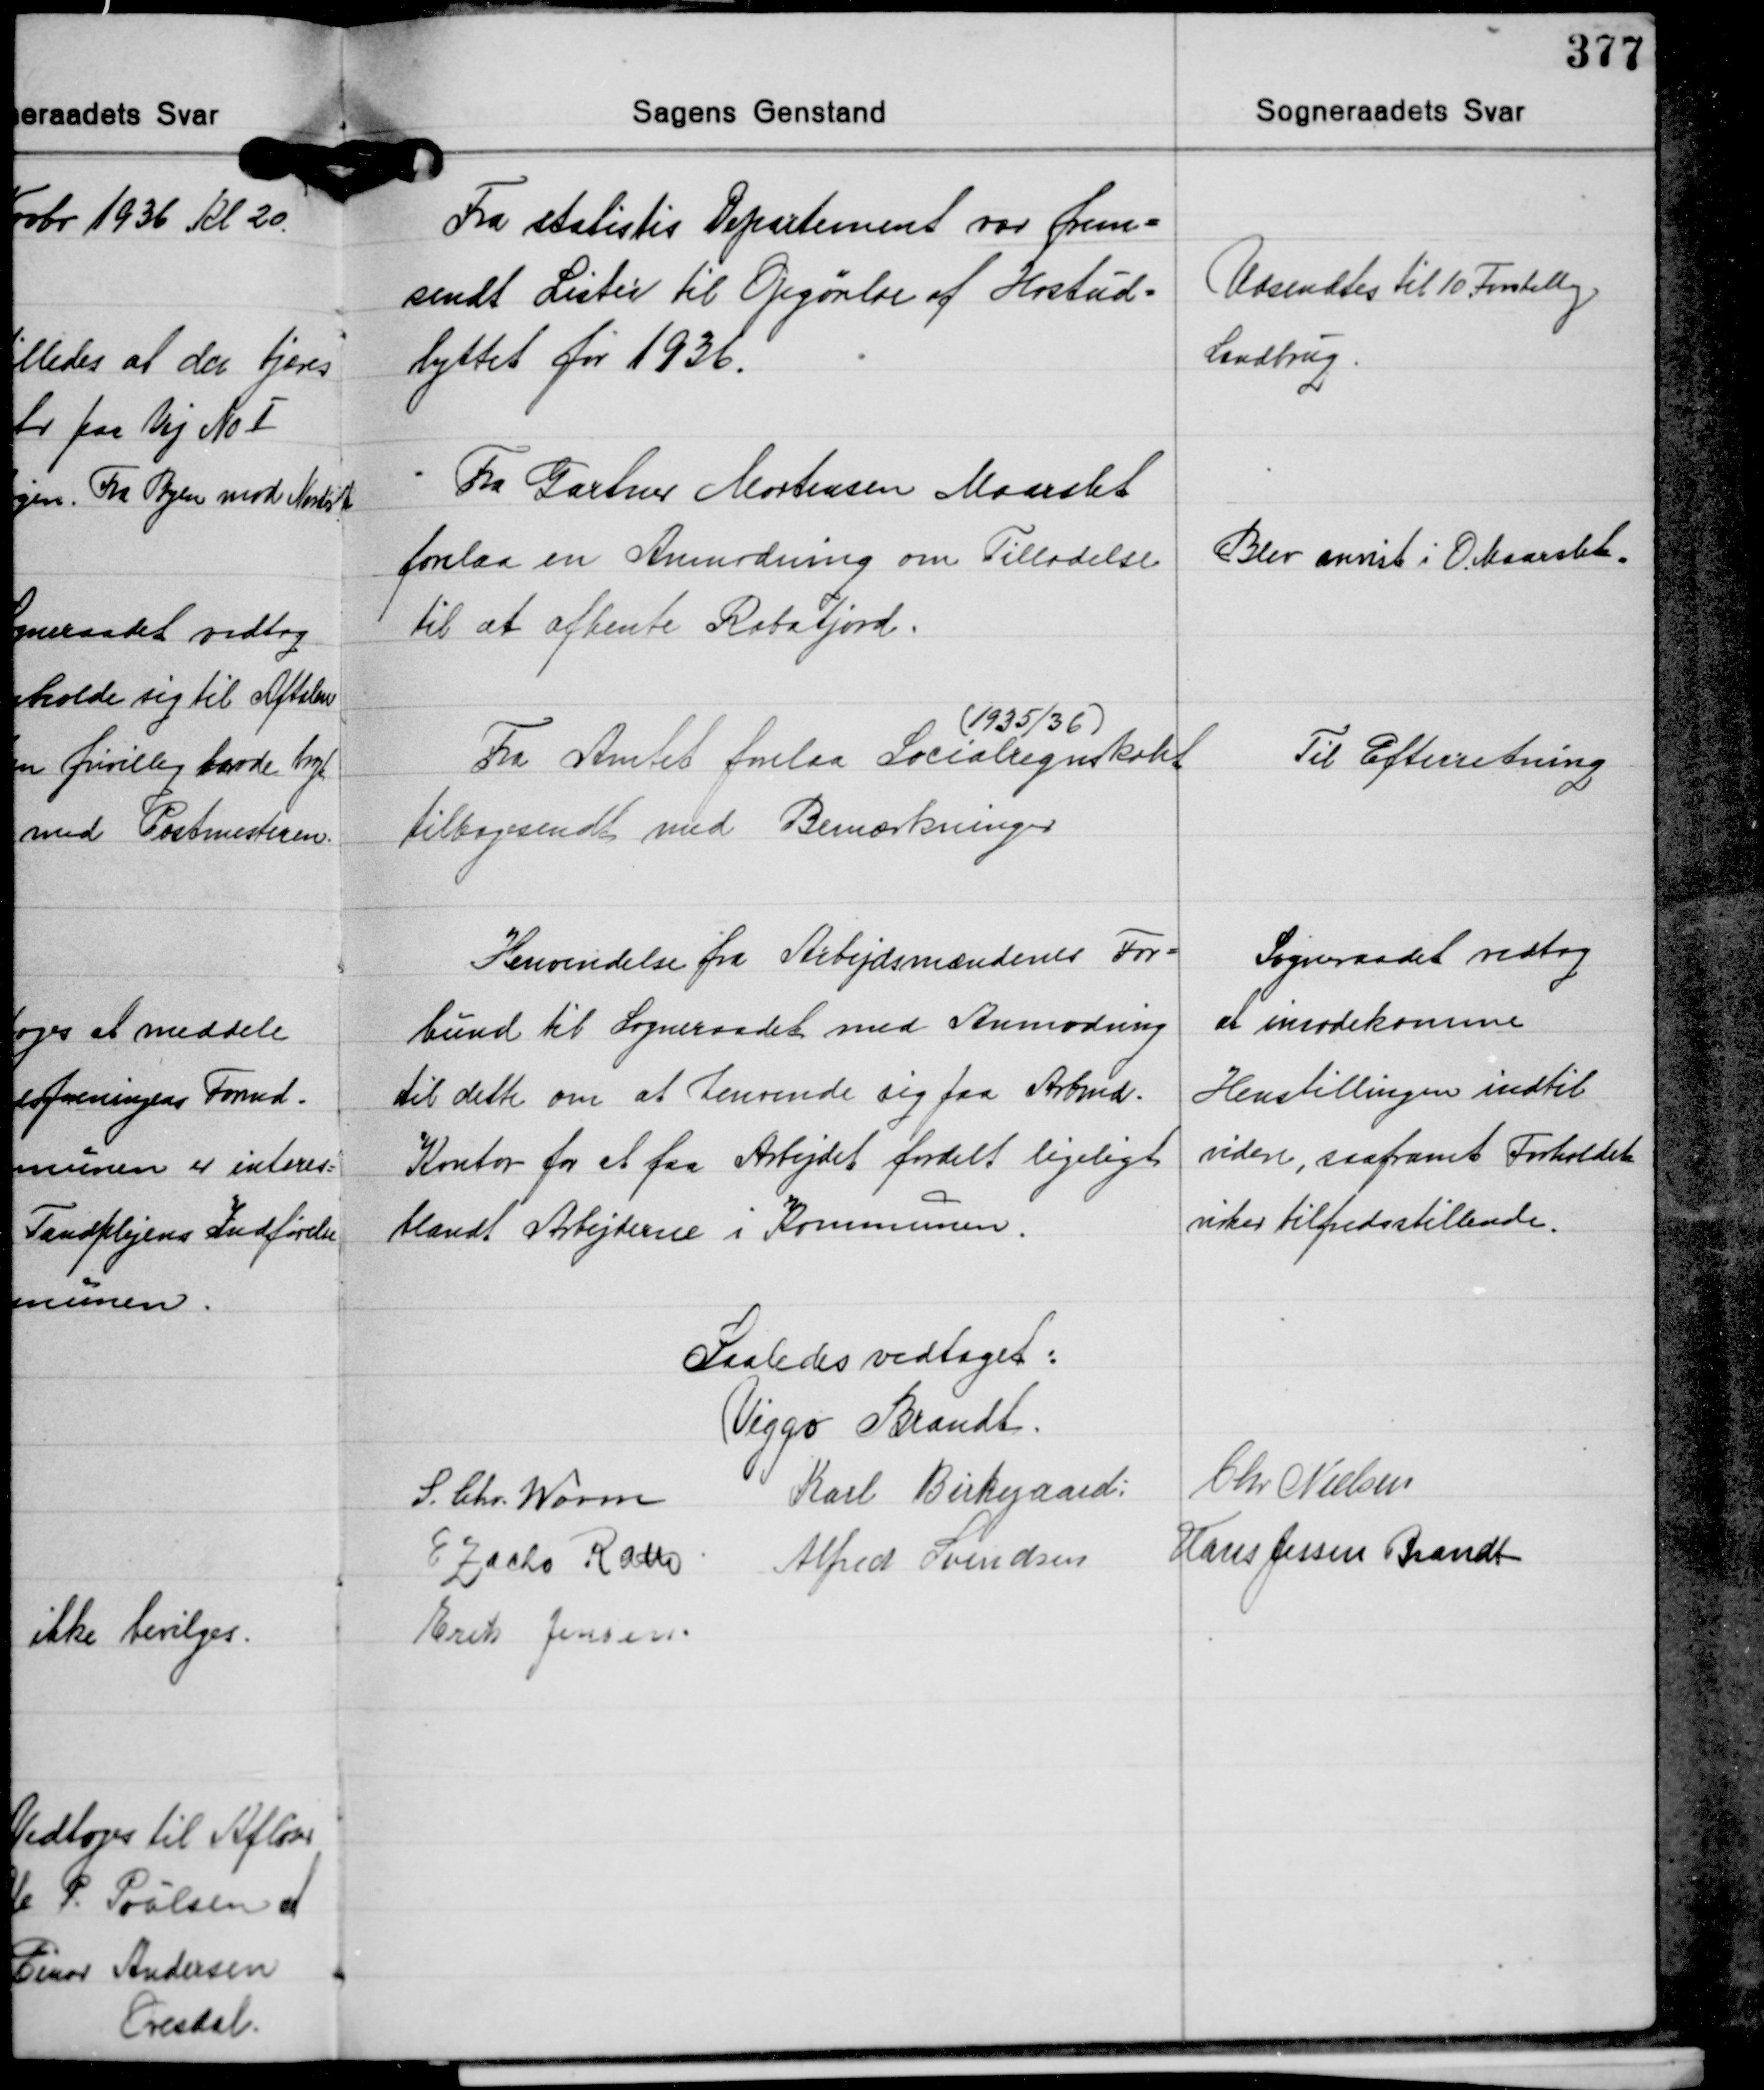
Transskription:
Fra statistis Departement var frem-
sendt Lister til Opgørelse af Høstud-
byttet for 1936.

Udsendtes til 10 Forskellige
Landbrug.

Fra Gartner Mortensen Maarslet
forelaa en Anmodning om Tilladelse
til at afhente Rabatjord.

Blev anvist i O Maarslet.

(1935/36)
Fra Amtet forelaa Socialregnskabet
tilbagesendt med Bemærkninger

Til Efterretning

Henvendelse fra Arbejdsmændenes For-
bund til Sogneraadet med Anmodning
til dette om at henvende sig paa Arbmd.
Kontor for at faa Arbejdet fordelt ligeligt
blandt Arbejderne i Kommunen.

Sogneraadet vedtog
at imødekomme
Henstillingen indtil
videre, saafremt Forholdet
virker tilfredsstillende.

Saaledes vedtaget.
Viggo Brandt
Chr Nielsen
S. Chr. Worm Karl Birkegaard
Hans Jessen Brandt
E Zacho Rath Alfred Svendsen
Erik Jensen